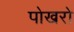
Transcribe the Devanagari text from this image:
पोखरो